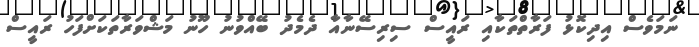
ނަމަވެސް އިދިކޮޅު ފަރާތްތަކާއި ރައީސް ސިރިސޭނާއާ ދެމެދު ބޭއްވުނު ހޫނު މަޝްވަރާތަކަށްފަހު ރައީސް